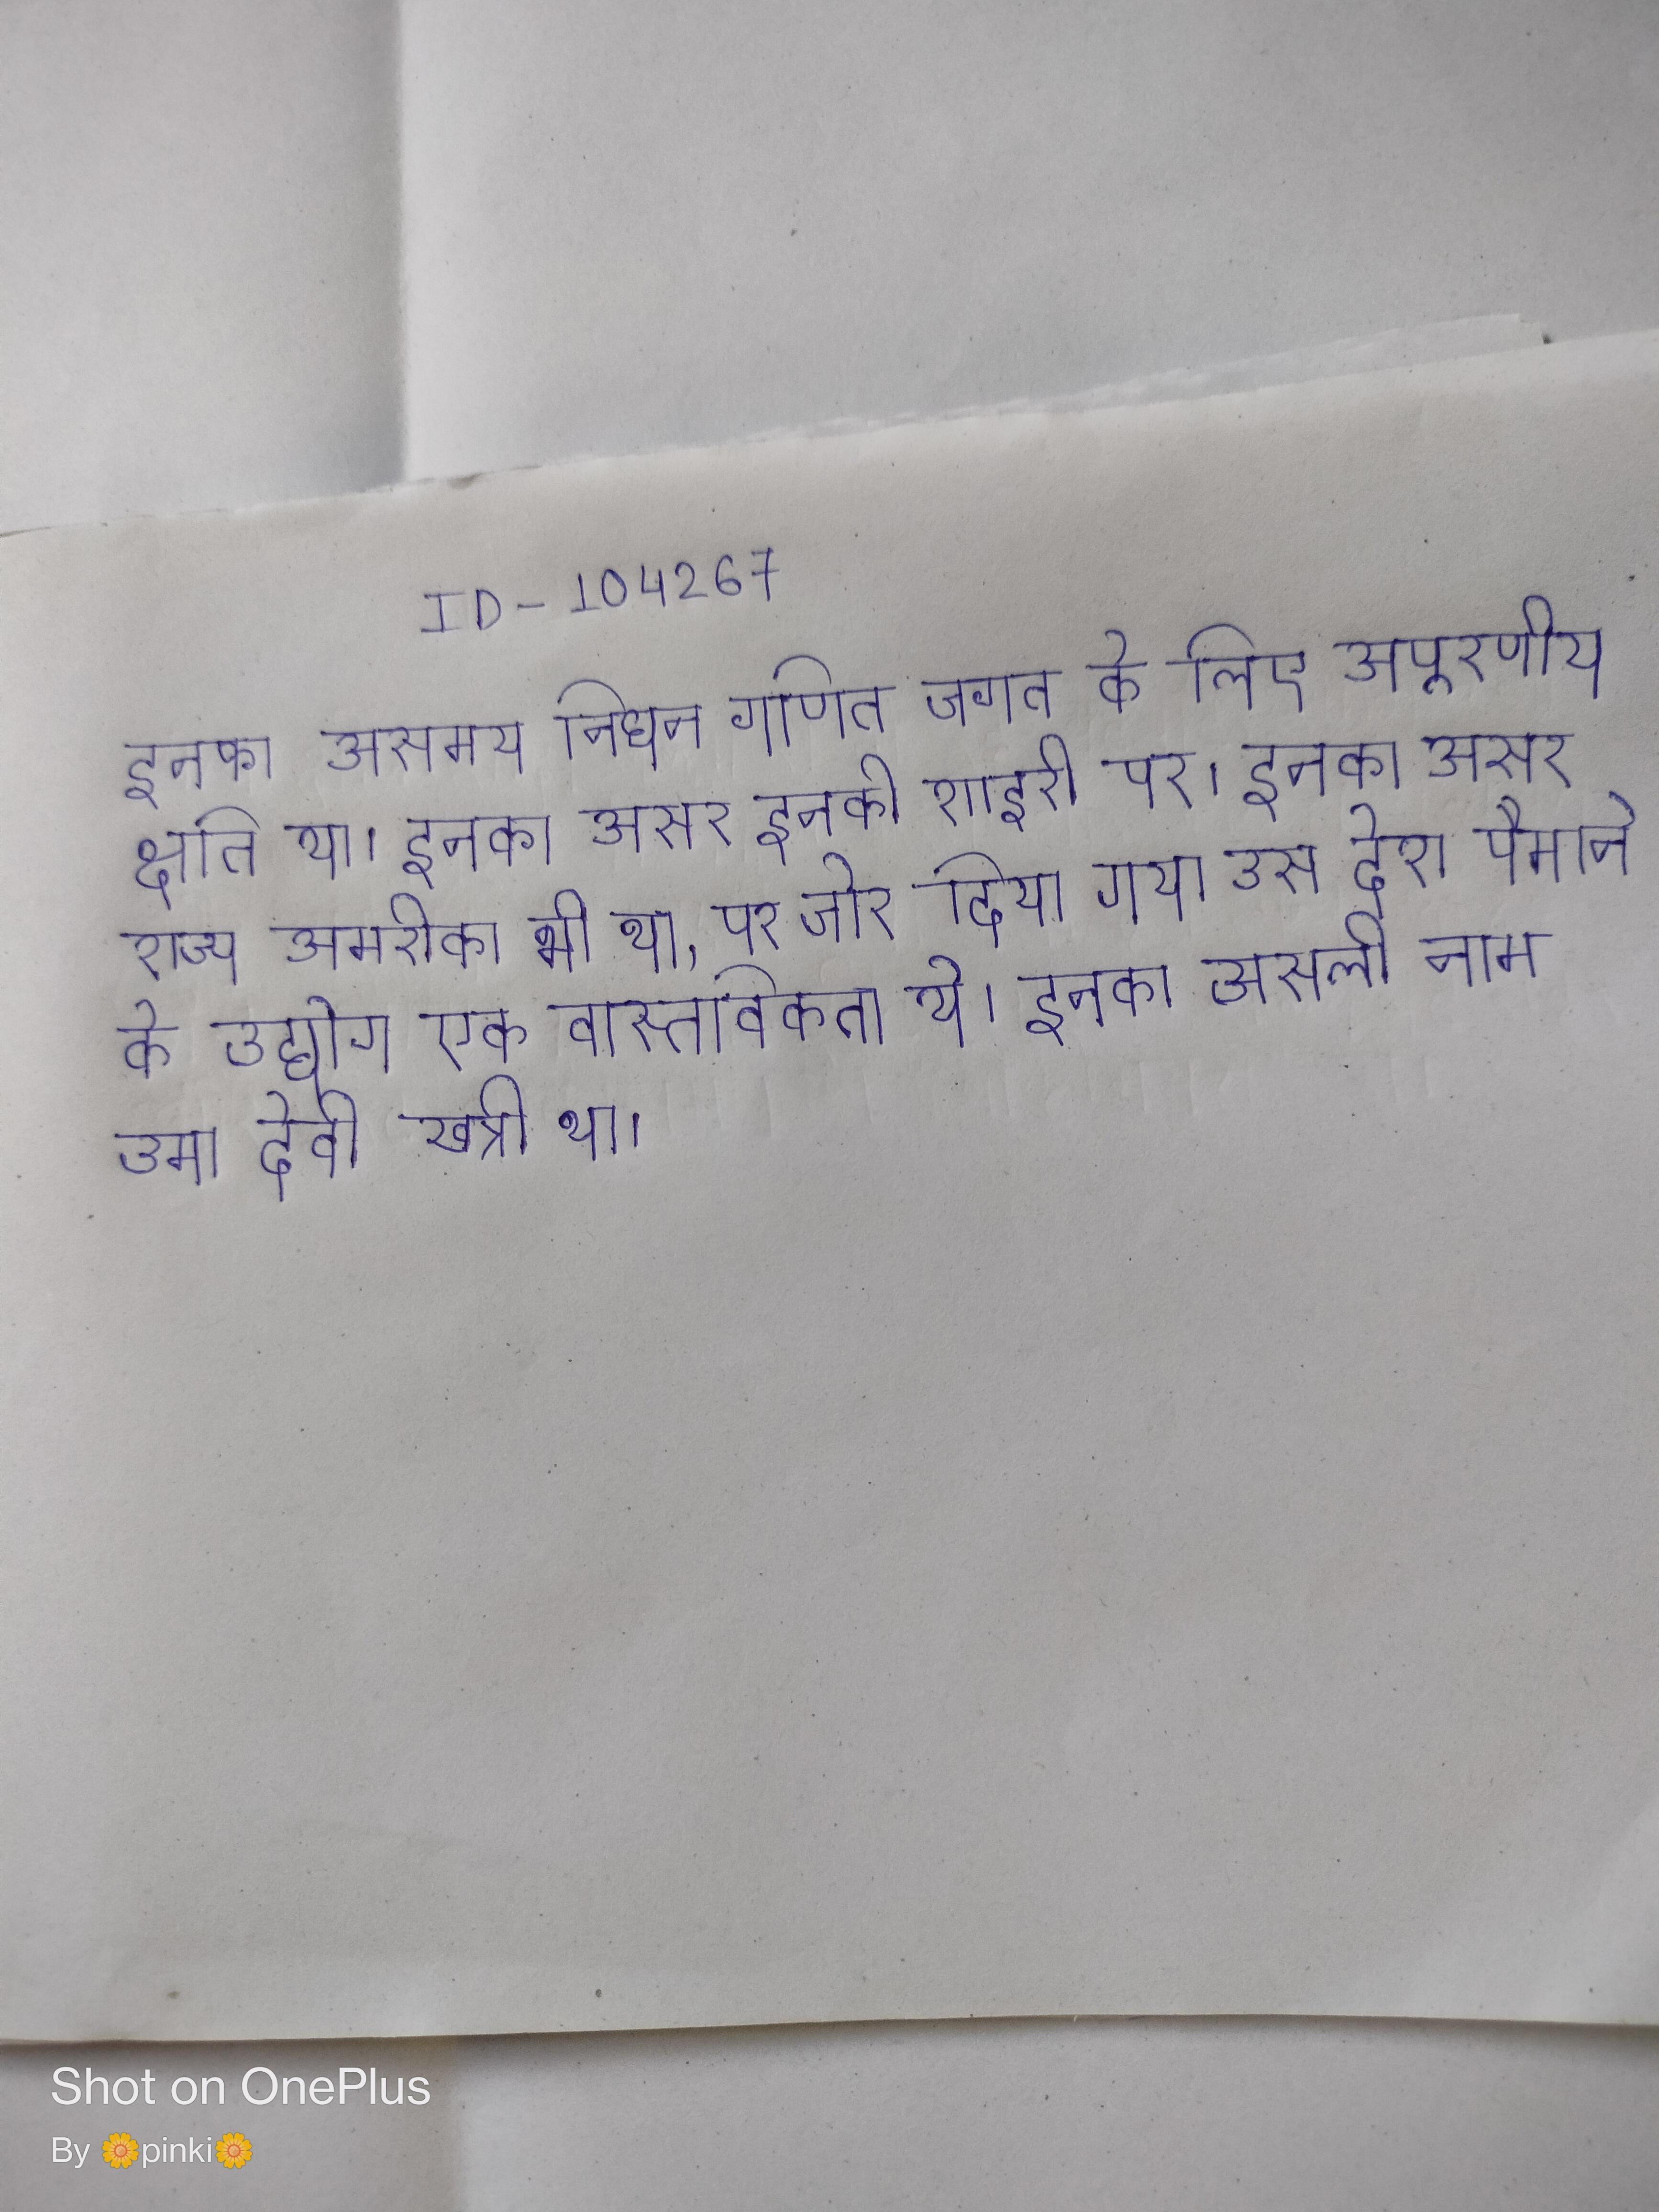
इनका असमय निधन गणित जगत के लिए अपूरणीय क्षति था । इनका असर इनकी शाइरी पर । इनका असर राज्य अमरीका भी था, पर जोर दिया गया उस देश पैमाने के उद्योग एक वास्तविकता थे । इनका असली नाम उमा देवी खत्री था ।